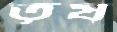
তৃষ্